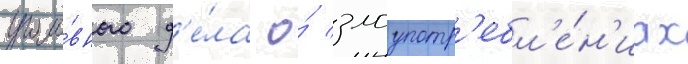
уголо́вного д'е́ла о́ злоупотр'ебл'е́н'иах